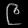
Digit: ၉